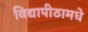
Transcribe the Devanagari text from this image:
विद्यापीठामधे